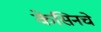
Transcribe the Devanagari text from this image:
केसिनचे